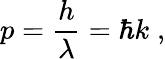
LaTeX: p={\frac{h}{\lambda}}=\hbar k\; ,